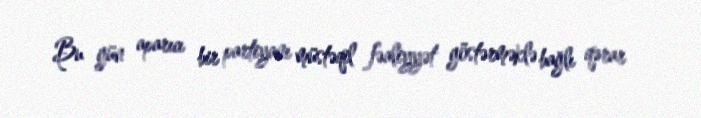
Bu gün aparıcı bir partiyanı müstəqil fəaliyyət göstərməklə bağlı qərar